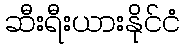
ဆီးရီးယားနိုင်ငံ